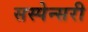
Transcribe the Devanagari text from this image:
सस्पेन्सरी